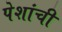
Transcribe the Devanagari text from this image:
पेशांची